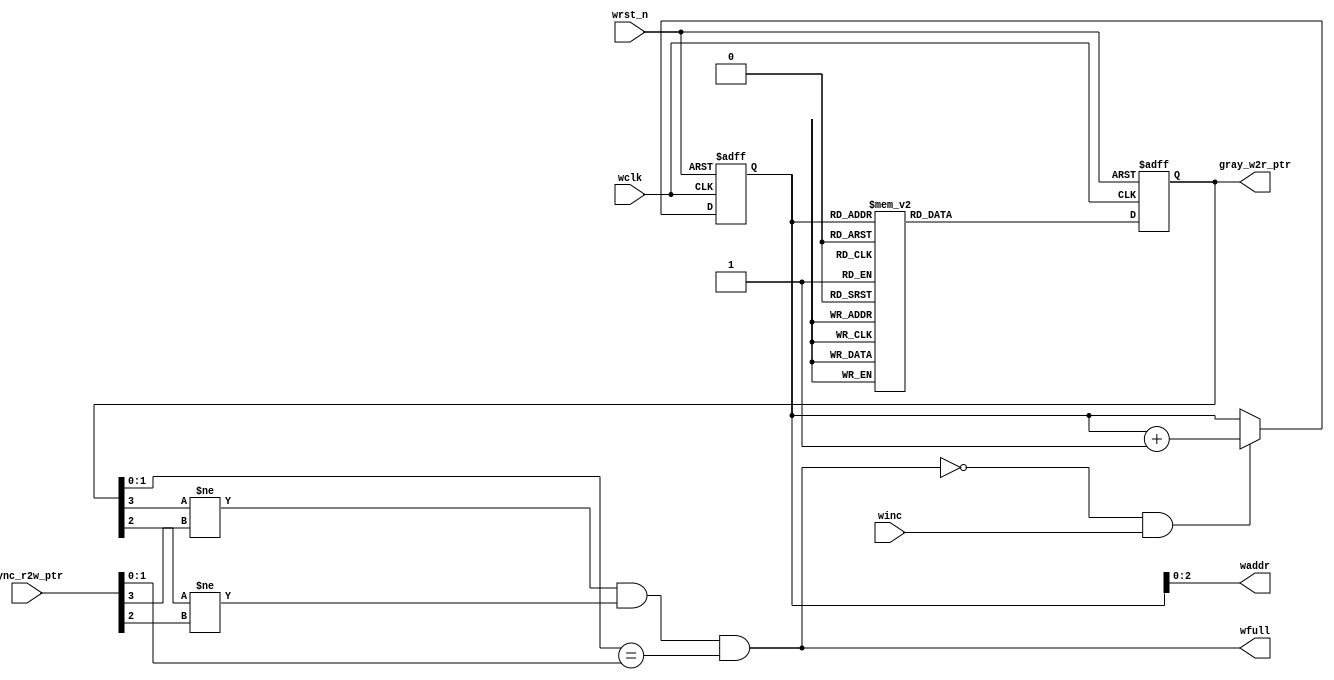
module FIFO_WR #(parameter Pointer_Size = 4 ) 
(
input wire winc,
input wire wclk,
input wire wrst_n,

input  wire [Pointer_Size-1:0] sync_r2w_ptr,

output reg  [Pointer_Size-1:0] gray_w2r_ptr,
output wire [Pointer_Size-2:0] waddr,
output wire wfull

);

reg [Pointer_Size-1:0] wptr ;
always@(posedge wclk or negedge wrst_n)
 begin
	if(!wrst_n)
	 begin
		wptr <= 'b0;
	 end
	else if (!wfull && winc)
	 begin
		wptr <= wptr + 1 ;
	 end
 end
 
 
assign waddr = wptr [Pointer_Size-2:0] ;
 
 
 always@(posedge wclk or negedge wrst_n)
 begin
	if(!wrst_n)
	 begin
		gray_w2r_ptr <= 'b0;
	 end
	else 
	 begin
		case (wptr)
		4'b0000 : gray_w2r_ptr <= 4'b0000;
		4'b0001 : gray_w2r_ptr <= 4'b0001;
		4'b0010 : gray_w2r_ptr <= 4'b0011;
		4'b0011 : gray_w2r_ptr <= 4'b0010;
		4'b0100 : gray_w2r_ptr <= 4'b0110;
		4'b0101 : gray_w2r_ptr <= 4'b0111;
		4'b0110 : gray_w2r_ptr <= 4'b0101;
		4'b0111 : gray_w2r_ptr <= 4'b0100;
		4'b1000 : gray_w2r_ptr <= 4'b1100;
		4'b1001 : gray_w2r_ptr <= 4'b1101;
		4'b1010 : gray_w2r_ptr <= 4'b1111;
		4'b1011 : gray_w2r_ptr <= 4'b1110;
		4'b1100 : gray_w2r_ptr <= 4'b1010;
		4'b1101 : gray_w2r_ptr <= 4'b1011;
		4'b1110 : gray_w2r_ptr <= 4'b1001;
		4'b1111 : gray_w2r_ptr <= 4'b1000;
		endcase
	 end
 end
 
 
 
assign wfull = ( (gray_w2r_ptr[3] != sync_r2w_ptr[3]) && (gray_w2r_ptr[2] != sync_r2w_ptr[2]) && (gray_w2r_ptr[1:0] == sync_r2w_ptr[1:0])) ;

endmodule